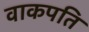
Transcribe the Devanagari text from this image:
वाकपति